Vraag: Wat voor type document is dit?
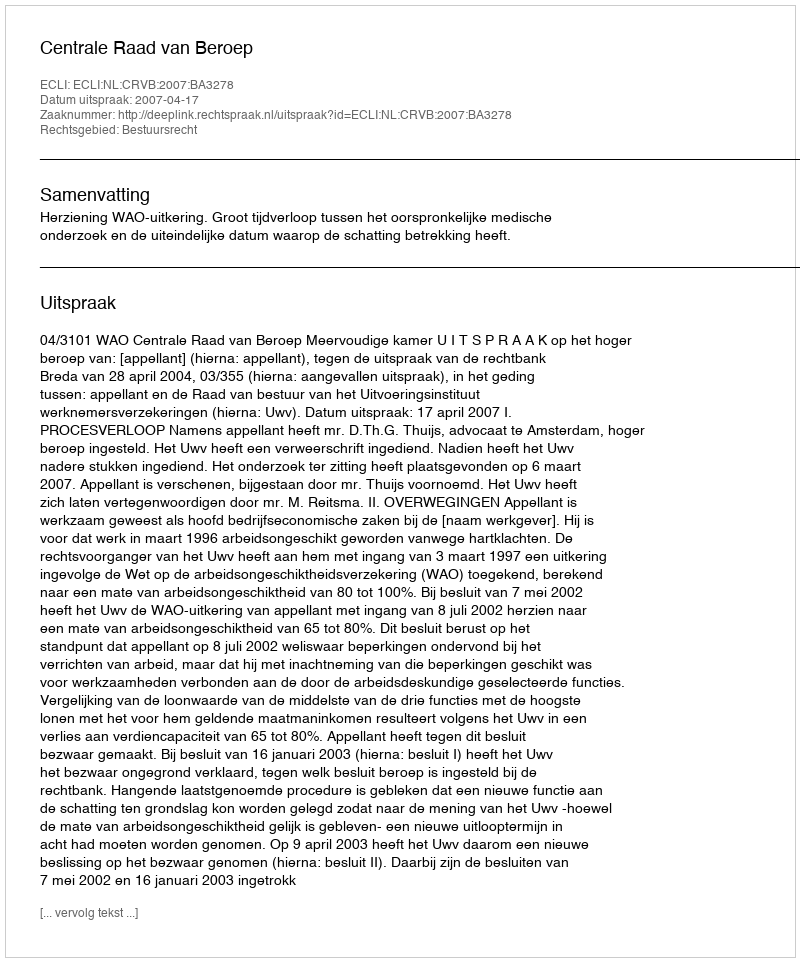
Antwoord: Uitspraak